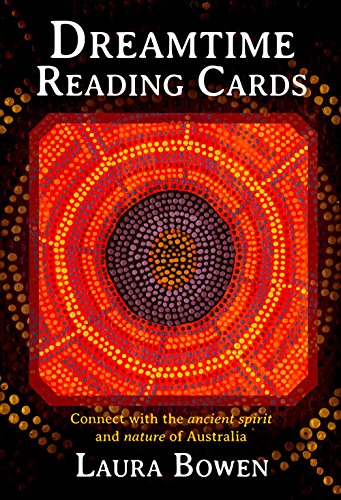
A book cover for Dreamtime Reading Cards: Connect With the Ancient Spirit and Nature of Australia; Laura Bowen; History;